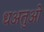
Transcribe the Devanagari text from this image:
धअतुओ